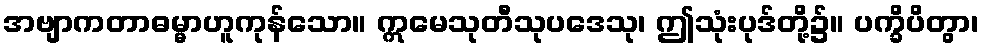
အဗျာကတာဓမ္မာဟူကုန်သော။ ဣမေသုတီသုပဒေသု၊ ဤသုံးပုဒ်တို့၌။ ပက္ခိပိတွာ၊